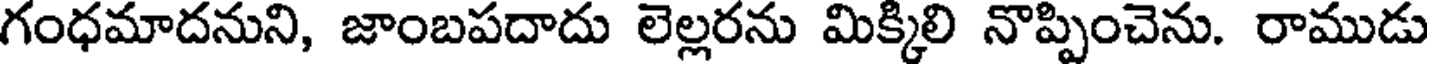
గంధమాదనుని, జాంబపదాదు లెల్లరను మిక్కిలి నొప్పించెను. రాముడు